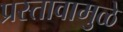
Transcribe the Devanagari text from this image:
प्रस्तावामुळे